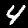
Label: 4